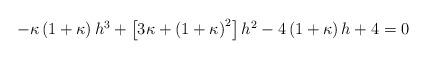
LaTeX: \begin{align*} \begin{aligned} -\kappa\left(1+\kappa\right) h^3 + \left[3\kappa + \left(1+\kappa\right)^2\right] h^2 - 4\left(1+\kappa\right) h + 4 = 0 \end{aligned} \end{align*}